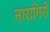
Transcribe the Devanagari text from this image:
नारागिरी